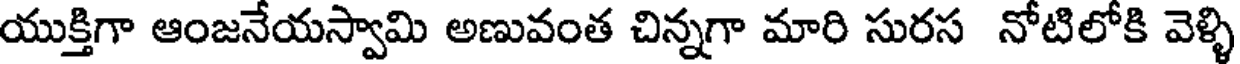
యుక్తిగా ఆంజనేయస్వామి అణువంత చిన్నగా మారి సురస నోటిలోకి వెళ్ళి